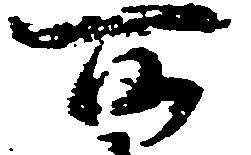
所